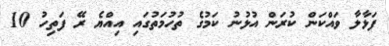
ފަޅާލާ ވައްކަން ކުރަން އުޅުނު ކަމުގެ ތުހުމަތުގައި އިއްޔެ ރޭ ފަތިހު 10